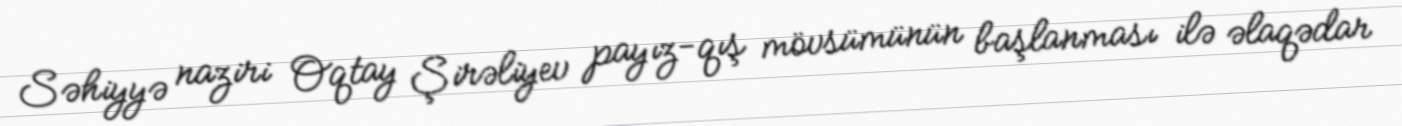
Səhiyyə naziri Oqtay Şirəliyev payız-qış mövsümünün başlanması ilə əlaqədar